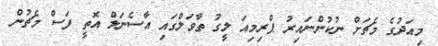
މިއަދުގެ މެޗަށް ނުކުންނައިރު ޕްރިމިއަ ލީގު ތާވަލްގައި އާސެނަލް އޮތީ ފަސް މެޗުން